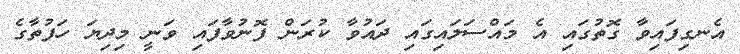
އެނގިފައިވާ ގޮތުގައި އެ މައްސަލައިގައި ދައުވާ ކުރަން ފޮނުވާފައި ވަނީ މިދިޔަ ހަފުތާގެ